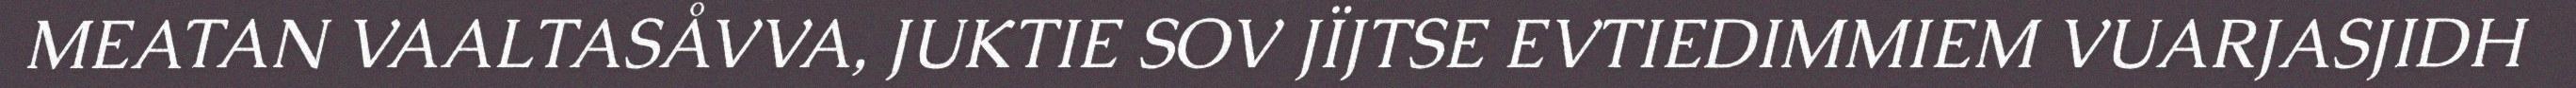
MEATAN VAALTASÅVVA, JUKTIE SOV JÏJTSE EVTIEDIMMIEM VUARJASJIDH